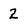
Character: 2